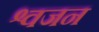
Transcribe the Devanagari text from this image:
श्वजन